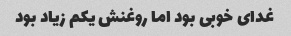
غدای خوبی بود اما روغنش یکم زیاد بود